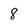
Character: 8